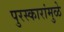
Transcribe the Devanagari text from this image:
पुरस्कारांमुळे